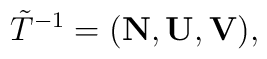
{\tilde T}^{-1} = ({\bf N}, {\bf U}, {\bf V}),